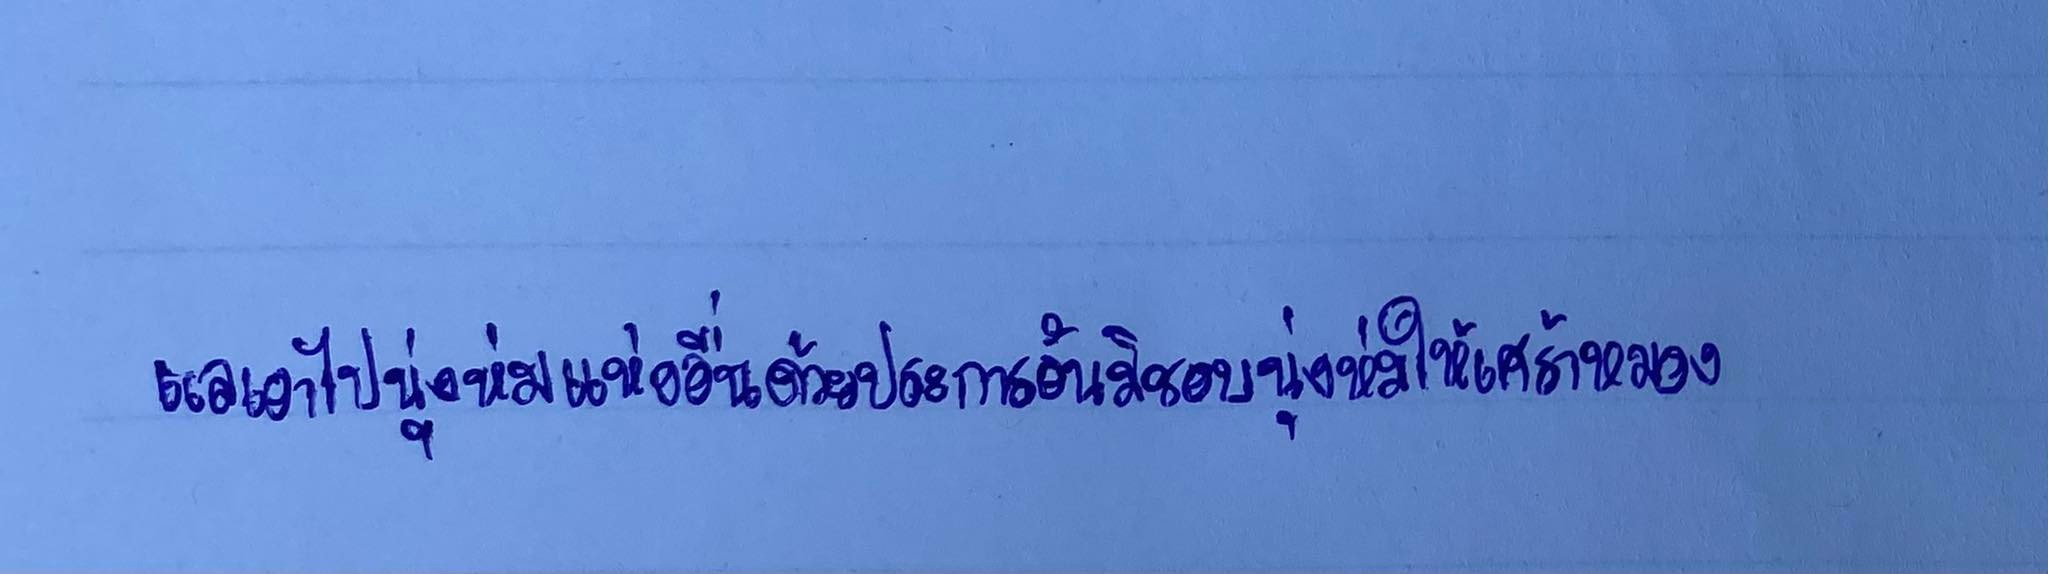
แลเอาไปนุ่งห่มแห่งอื่นด้วยประการอันมิชอบนุ่งห่มให้เศร้าหมอง